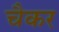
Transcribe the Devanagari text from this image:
चैकर